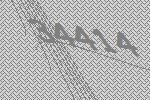
34414